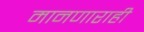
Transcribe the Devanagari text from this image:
मानणाराही